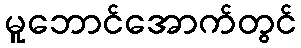
မူဘောင်အောက်တွင်